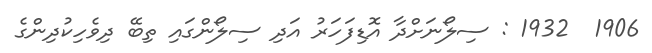
1906  1932 : ސިލޯނަށްދާ އޮޑިފަހަރު އަދި ސިލޯންގައި ތިބޭ ދިވެހިކުދިންގެ